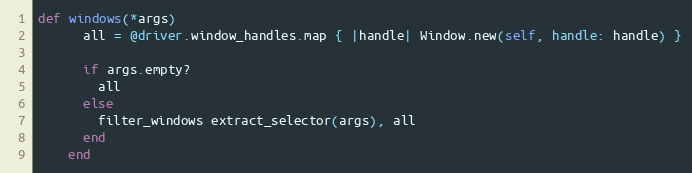
Language: Ruby
def windows(*args)
      all = @driver.window_handles.map { |handle| Window.new(self, handle: handle) }

      if args.empty?
        all
      else
        filter_windows extract_selector(args), all
      end
    end